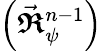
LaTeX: \left({\vec{\boldsymbol{\mathfrak{R}}}_{\psi}^{n-1}}\right)